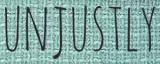
UNJUSTLY